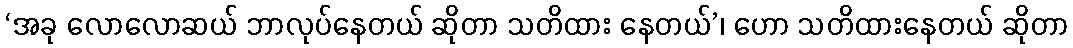
‘အခု လောလောဆယ် ဘာလုပ်နေတယ် ဆိုတာ သတိထား နေတယ်’၊ ဟော သတိထားနေတယ် ဆိုတာ